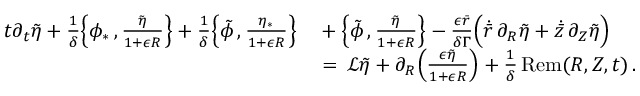
\begin{array} { r l } { t \partial _ { t } \tilde { \eta } + \frac { 1 } { \delta } \Bigl \{ \phi _ { * } \, , \frac { \tilde { \eta } } { 1 + \epsilon R } \Bigr \} + \frac { 1 } { \delta } \Bigl \{ \tilde { \phi } \, , \frac { \eta _ { * } } { 1 + \epsilon R } \Bigr \} } & { { } + \Bigl \{ \tilde { \phi } \, , \frac { \tilde { \eta } } { 1 + \epsilon R } \Bigr \} - \frac { \epsilon \bar { r } } { \delta \Gamma } \Bigl ( \dot { \bar { r } } \, \partial _ { R } \tilde { \eta } + \dot { \bar { z } } \, \partial _ { Z } \tilde { \eta } \Bigr ) } \\ { \, } & { { } = \, \mathcal { L } \tilde { \eta } + \partial _ { R } \Bigl ( \frac { \epsilon \tilde { \eta } } { 1 + \epsilon R } \Bigr ) + \frac { 1 } { \delta } \, \mathrm { R e m } ( R , Z , t ) \, . } \end{array}